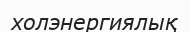
холэнергиялық